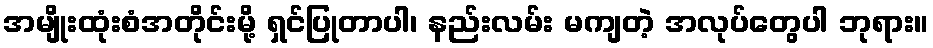
အမျိုးထုံးစံအတိုင်းမို့ ရှင်ပြုတာပါ၊ နည်းလမ်း မကျတဲ့ အလုပ်တွေပါ ဘုရား။